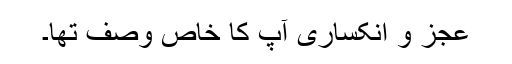
عجز و انکساری آپ کا خاص وصف تھا۔